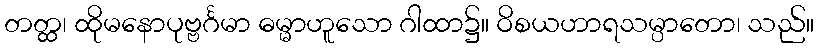
တတ္ထ၊ ထိုမနောပုဗ္ဗင်္ဂမာ ဓမ္မာဟူသော ဂါထာ၌။ ဝိစယဟာရသမ္ပာတော၊ သည်။